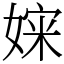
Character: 㛽